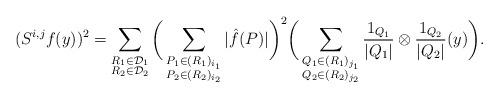
LaTeX: \begin{align*} (S^{i,j}f(y))^{2} = \sum_{\substack{ R_1 \in \mathcal{D}_1 \\ R_2 \in \mathcal{D}_2 }} \bigg(\sum_{\substack{ P_1 \in (R_1)_{i_1} \\ P_2 \in (R_2)_{i_2} }} |\hat{f}(P)| \bigg)^{2} \bigg(\sum_{\substack{ Q_1 \in (R_1)_{j_1} \\ Q_2 \in (R_2)_{j_2} }} \frac{1_{Q_1}}{|Q_1|} \otimes \frac{1_{Q_2}}{|Q_2|}(y) \bigg). \end{align*}